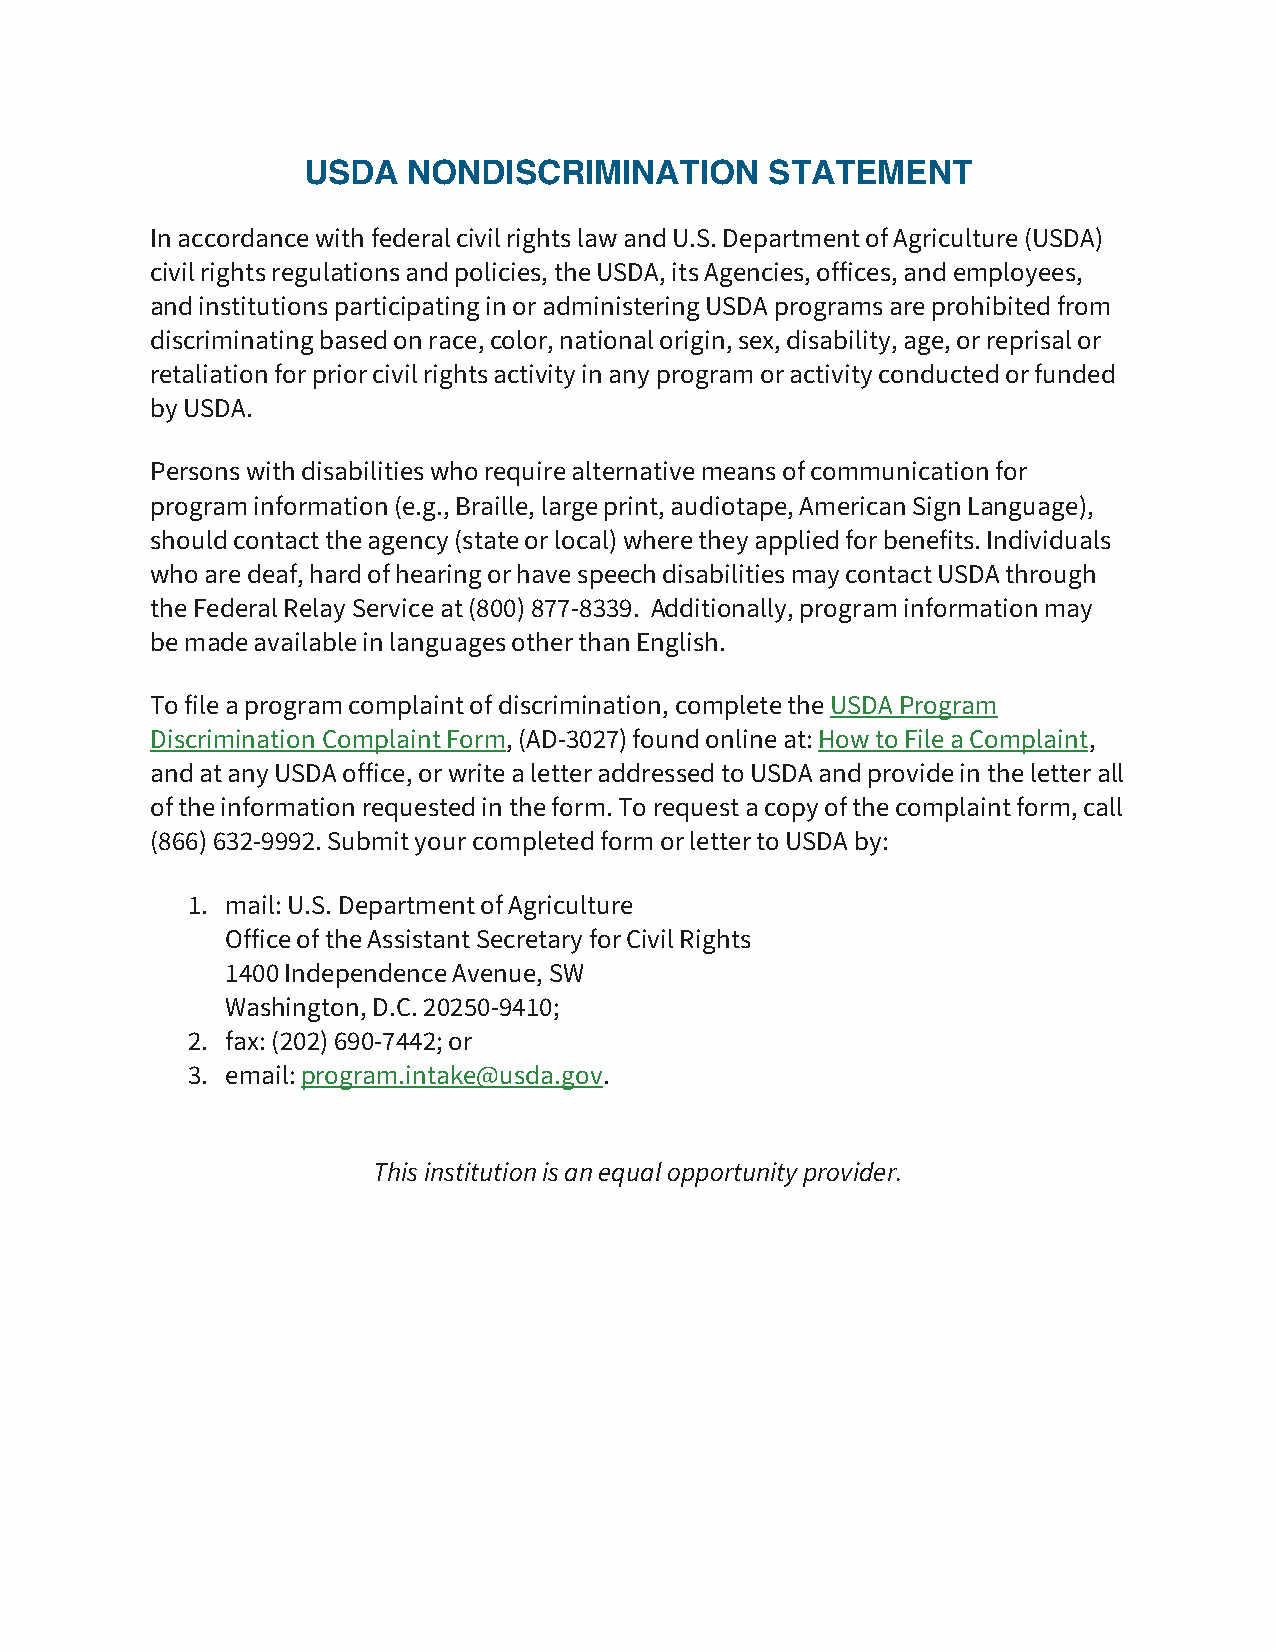
USDA   NONDISCRIMINATION       STATEMENT
 In accordance with federal civil rights law and U.S. Department of Agriculture (USDA)
 civil rights regulations and policies, the USDA, its Agencies, offices, and employees,
 and institutions participating in or administering USDA programs are prohibited from
 discriminating based on race, color, national origin, sex, disability, age, or reprisal or
 retaliation for prior civil rights activity in any program or activity conducted or funded
 by USDA.
 Persons with disabilities who require alternative means of communication for
 program information (e.g., Braille, large print, audiotape, American Sign Language),
 should contact the agency (state or local) where they applied for benefits. Individuals
 who are deaf, hard of hearing or have speech disabilities may contact USDA through
 the Federal Relay Service at (800) 877-8339. Additionally, program information may
 be made available in languages other than English.
 To file a program complaint of discrimination, complete the USDA Program
 Discrimination Complaint Form, (AD-3027) found online at: How to File a Complaint,
 and at any USDA office, or write a letter addressed to USDA and provide in the letter all
 of the information requested in the form. To request a copy of the complaint form, call
 (866) 632-9992. Submit your completed form or letter to USDA by:
 1. mail: U.S. Department of Agriculture
 Office of the Assistant Secretary for Civil Rights
 1400 Independence Avenue, SW
 Washington, D.C. 20250-9410;
 2. fax: (202) 690-7442; or
 3. email: program.intake@usda.gov.
 This institution is an equal opportunity provider.